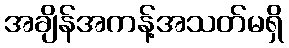
အချိန်အကန့်အသတ်မရှိ